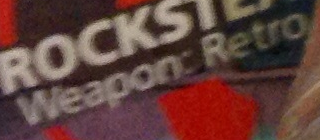
Weapon: Retro